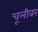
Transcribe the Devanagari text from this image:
चूलीवर